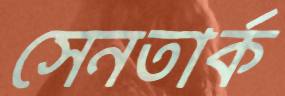
সেনতার্ক